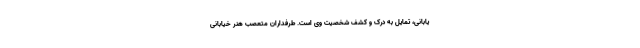
یابانی، تمایل به درک و کشف شخصیت وی است. طرفداران متعصب هنر خیابانی